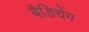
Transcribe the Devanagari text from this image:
बैडिचेंग